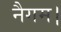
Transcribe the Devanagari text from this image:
नैगम।